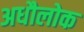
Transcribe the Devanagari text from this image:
अधौलोक